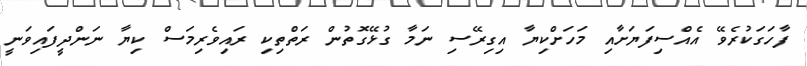
ފާހަގަކުރެވޭ އެއްސިފަޔަށާއި މަހަށްކިޔާ އިގިރޭސި ނަމާ ގުޅޭގޮތުން ރަތްތިކި ރައިވެރިމަސް ކިޔާ ނަންދީފައިވަނީ